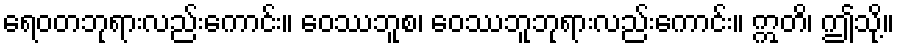
ရေဝတဘုရားလည်းကောင်း။ ဝေဿဘူစ၊ ဝေဿဘူဘုရားလည်းကောင်း။ ဣတိ၊ ဤသို့။